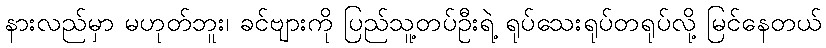
နားလည်မှာ မဟုတ်ဘူး၊ ခင်ဗျားကို ပြည်သူ့တပ်ဦးရဲ့ ရုပ်သေးရုပ်တရုပ်လို့ မြင်နေတယ်